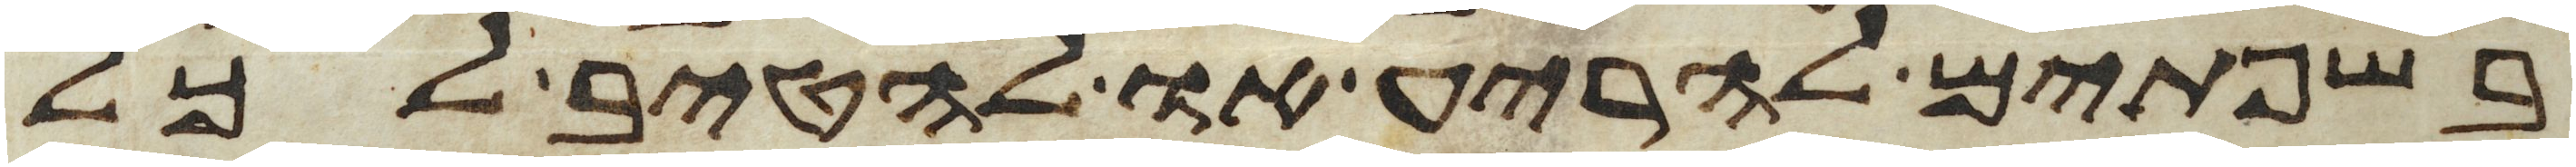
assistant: בשפתים להריע או להטיב לכל